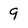
Character: 9